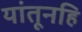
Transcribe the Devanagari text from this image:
यांतूनहि